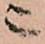
ニ